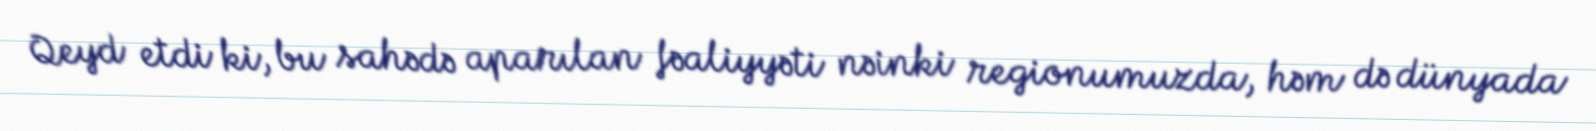
Qeyd etdi ki, bu sahədə aparılan fəaliyyəti nəinki regionumuzda, həm də dünyada